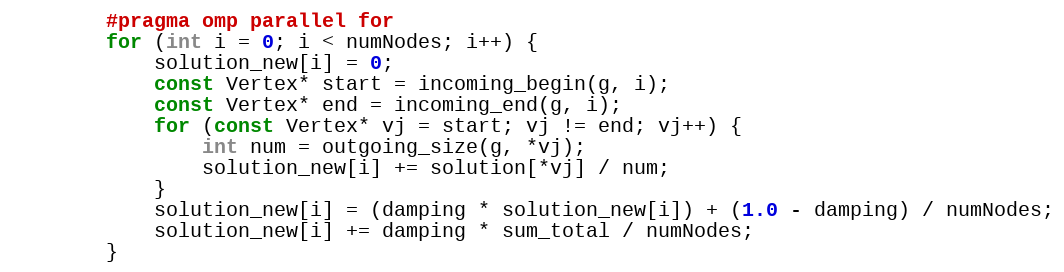
Language: C++
		#pragma omp parallel for
        for (int i = 0; i < numNodes; i++) {
            solution_new[i] = 0;
			const Vertex* start = incoming_begin(g, i);
			const Vertex* end = incoming_end(g, i);
			for (const Vertex* vj = start; vj != end; vj++) {
				int num = outgoing_size(g, *vj);
				solution_new[i] += solution[*vj] / num;
			}
            solution_new[i] = (damping * solution_new[i]) + (1.0 - damping) / numNodes;
            solution_new[i] += damping * sum_total / numNodes;
        }